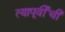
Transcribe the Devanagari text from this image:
त्यापूर्वीची